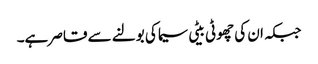
جبکہ ان کی چھوٹی بیٹی سیما کی بولنے سے قاصر ہے۔